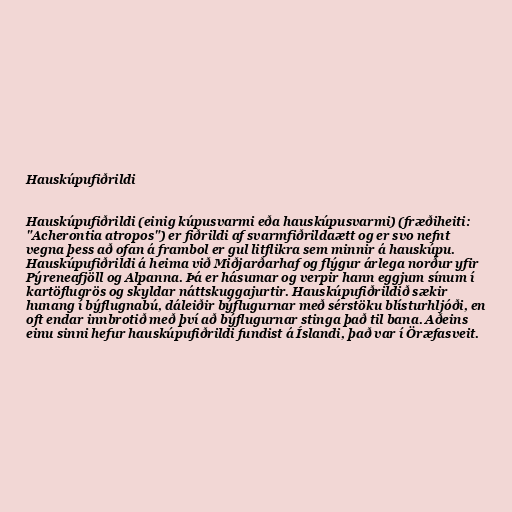
Hauskúpufiðrildi

Hauskúpufiðrildi (einig kúpusvarmi eða hauskúpusvarmi) (fræðiheiti:
"Acherontia atropos") er fiðrildi af svarmfiðrildaætt og er svo nefnt
vegna þess að ofan á frambol er gul litflikra sem minnir á hauskúpu.
Hauskúpufiðrildi á heima við Miðjarðarhaf og flýgur árlega norður yfir
Pýreneafjöll og Alpanna. Þá er hásumar og verpir hann eggjum sínum í
kartöflugrös og skyldar náttskuggajurtir. Hauskúpufiðrildið sækir
hunang í býflugnabú, dáleiðir býflugurnar með sérstöku blísturhljóði, en
oft endar innbrotið með því að býflugurnar stinga það til bana. Aðeins
einu sinni hefur hauskúpufiðrildi fundist á Íslandi, það var í Öræfasveit.